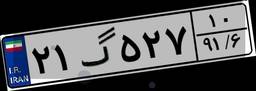
۲۱گ۵۲۷۱۰